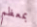
بمعظم